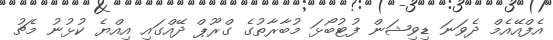
އެފްއޭއެމް ދެވަނަ ޑިވިޝަން ފުޓުބޯޅަ މުބާރާތުގެ ގްރޫޕް ދޭއްގައި އިއްޔެ ކުޅުނު މެޗު